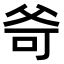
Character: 𤕒